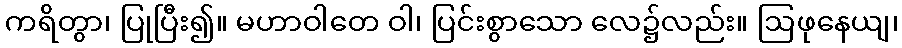
ကရိတွာ၊ ပြုပြီး၍။ မဟာဝါတေ ဝါ၊ ပြင်းစွာသော လေ၌လည်း။ ဩဖုနေယျ၊